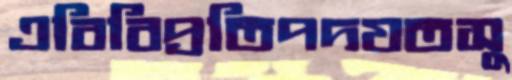
এবিবিপ্রতিপদযতসু